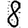
Digit: 8